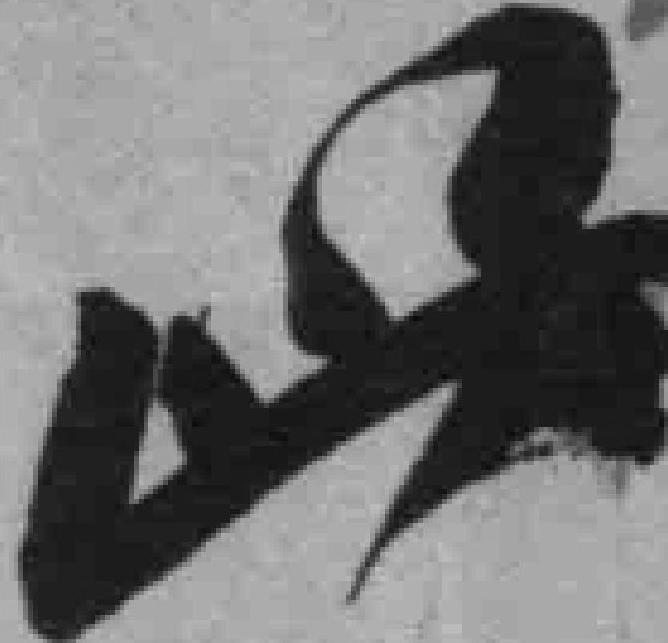
此